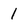
Character: 1